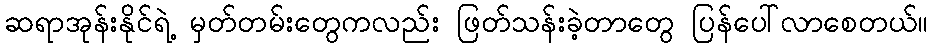
ဆရာအုန်းနိုင်ရဲ့ မှတ်တမ်းတွေကလည်း ဖြတ်သန်းခဲ့တာတွေ ပြန်ပေါ်လာစေတယ်။